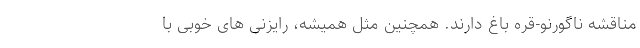
مناقشه ناگورنو-قره باغ دارند. همچنین مثل همیشه، رایزنی های خوبی با